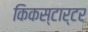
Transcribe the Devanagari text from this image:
किकस्टार्टर